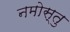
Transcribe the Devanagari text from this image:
नमोस्तु